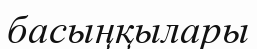
басыңқылары